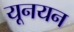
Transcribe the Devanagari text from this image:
यूनयन